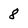
Character: 8